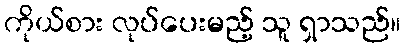
ကိုယ်စား လုပ်ပေးမည့် သူ ရှာသည်။